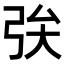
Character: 𢏓